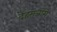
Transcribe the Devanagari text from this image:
देहमजांग